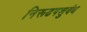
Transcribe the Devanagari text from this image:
निरूढपशुबंध